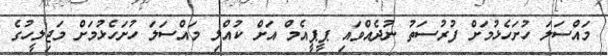
މައްސަލަ ހުށަހެޅުމަށް ފުރުސަތު ނުދެއްވައި ޕީޕީއެމް އަށް ކުއްލި މައްސަލަ ހުށަހެޅުމަށް މަޖިލީހުގެ